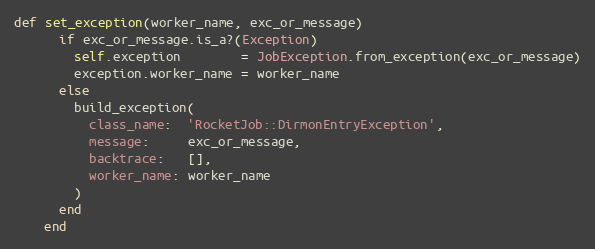
Language: Ruby
def set_exception(worker_name, exc_or_message)
      if exc_or_message.is_a?(Exception)
        self.exception        = JobException.from_exception(exc_or_message)
        exception.worker_name = worker_name
      else
        build_exception(
          class_name:  'RocketJob::DirmonEntryException',
          message:     exc_or_message,
          backtrace:   [],
          worker_name: worker_name
        )
      end
    end